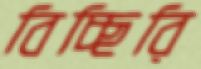
বিচ্ছিরি